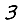
Digit: 3